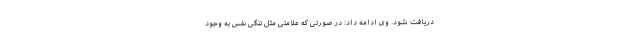
دریافت شود. وی ادامه داد: در صورتی که علامتی مثل تنگی نفس به وجود